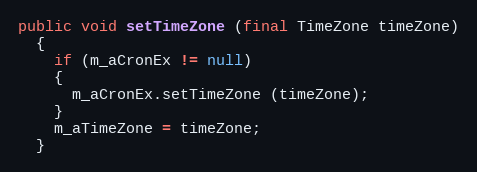
Language: Java
public void setTimeZone (final TimeZone timeZone)
  {
    if (m_aCronEx != null)
    {
      m_aCronEx.setTimeZone (timeZone);
    }
    m_aTimeZone = timeZone;
  }